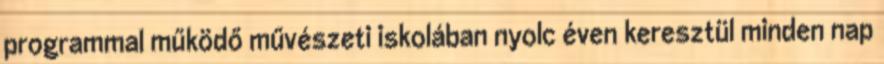
programmal működő művészeti iskolában nyolc éven keresztül minden nap